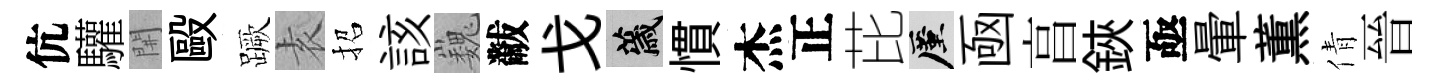
伉驩𨳩毆蹶𡊮招該巍黻戈薉慣杰正芘厪凾亯鋏亟暈薫倩晉